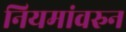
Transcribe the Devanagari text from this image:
नियमांवरुन